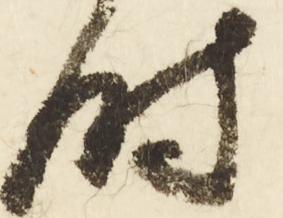
時